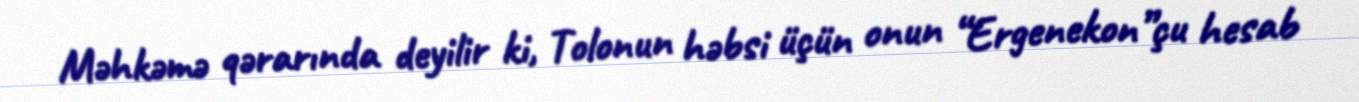
Məhkəmə qərarında deyilir ki, Tolonun həbsi üçün onun “Ergenekon”çu hesab